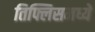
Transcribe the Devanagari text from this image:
तिफ्लिसमध्ये